Scientific memoirs by medical officers of the Army of India - Part XII,
Year: 1901
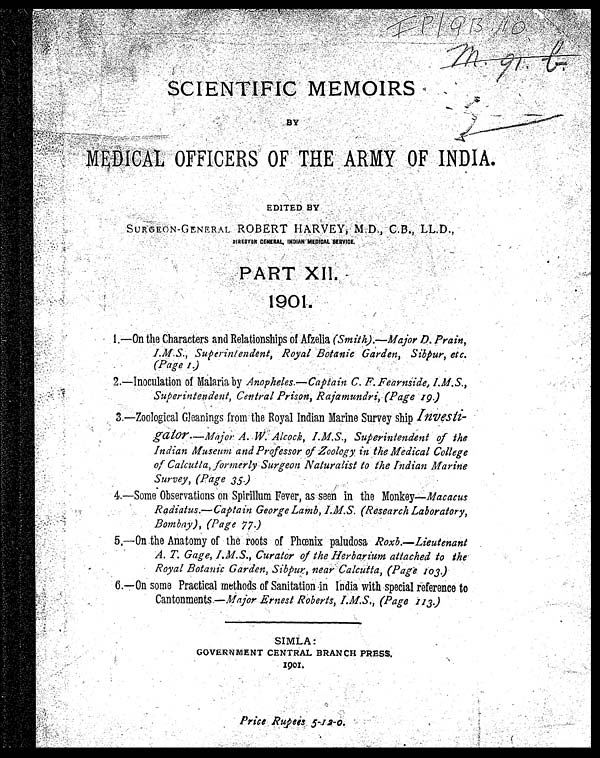
I P / Q B 1 0
SCIENTIFIC MEMORIES
BY MEDICAL OFFICERS OF THE ARMY OF INDIA.
EDITED BY
SURGEON- GENERAL ROBERT HARVEY, M. D. , C. B. , LL. D. ,
DIRECTOR GENERAL, INDIAN MEDICAL SERVICE.
PART XII
1901. 1 — O n t h e c h a r a c t e r s a n d R e l a t i o n s h i p s o f A f z e l i a ( S m i t h ) . — M a j o r D . P r a i n , I . M . S . , S u p e r i n t e n d e n t , R o y a l B o t a n i c G a r d e n , S i b p u r , e t c . ( P a g e 1 ) .
2 . — I n o c u l a t i o n o f M a l a r i a b y A n o p h e l e s . —C a p t a i n C . F . F e a r n s i d e , I . M . S . , S u p e r i n t e n d e n t , C e n t r a l P r i s o n , R a j a m u n d r i , ( P a g e 1 9 )
3 . — Z o o l o g i c a l G l e a n i n g s f r o m t h e R o y a l I n d i a n M a r i n e S u r v e y s h i p I n v e s t i - g a t o r . — M a j o r A . W . A l c o c k , I . M . S . , S u p e r i n t e n d e n t o f t h e I n d i a n M u s e u m a n d P r o f e s s o r o f Z o o l o g y i n t h e M e d i c a l C o l l e g e o f C a l c u t t a , f o r m e r l y S u r g e o n N a t u r a l i s t t o t h e I n d i a n M a r i n e S u r v e y , ( P a g e 3 5 . )
4 . — S o m e O b s e r v a t i o n s o n S p i r i l l u m F e v e r , a s s e e n i n t h e M o n k e y — M a c a c u s R a d i a t u s . — C a p t i a n G e o r g e L a m b , I . M . S . ( R e s e a r c h L a b o r a t o r y , B o m b a y ) , ( P a g e 7 7 . )
5 . — O n t h e A n a t o m y o f t h e r o o t s o f P h œ n i x p a l u d o s a R o x b . — L i e u t e n a n t A . T . G a g e , I . M . S . , C u r a t o r o f t h e H e r b a r i u m a t t a c h e d t o t h e R o y a l B o t a n i c G a r d e n , S i b p u r , n e a r C a l c u t t a , ( P a g e 1 0 3 . )
6 . — O n s o m e P r a c t i v a l m e t h o d s o f S a n i t a t i o n i n I n d i a w i t h s p e c i a l r e f e r e n c e t o C a n t o n m e n t s . — M a j o r E r n e s t R o b e r t s , I . M . S . , ( p a g e 1 1 3 . )
SIMLA: G O V E R N M E N T C E N T R A L B R A N C H P R E S S .
1901.
Price Rupees 5-12-0.